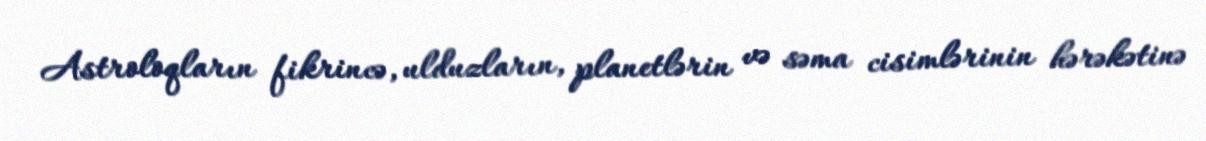
Astroloqların fikrincə, ulduzların, planetlərin və səma cisimlərinin hərəkətinə